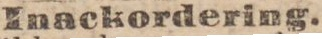
Inackordering.